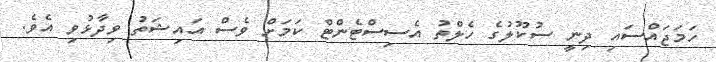
ހަމަޖައްސައި ދިނީ ސުކޫލުގެ ހެލްތު އެސިސްޓެންޓް ކަމަށް ވެސް އައިޝަތު ވިދާޅުވި އެވެ.